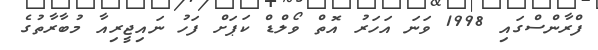
ފްރާންސްގައި 1998 ވަނަ އަހަރު އޮތް ވޯލްޑް ކަޕަށް ފަހު ނައިޖީރިއާ މުބާރާތުގެ